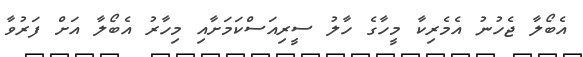
އެބޯލާ ޖެހުނު އެމެރިކާ މީހާގެ ހާލު ސީރިއަސްކަމަށާއި މިހާރު އެބޯލާ އަށް ފަރުވާ